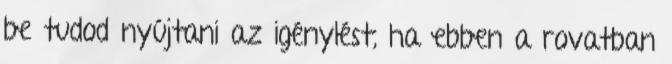
be tudod nyújtani az igénylést, ha ebben a rovatban